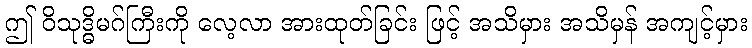
ဤ ဝိသုဒ္ဓိမဂ်ကြီးကို လေ့လာ အားထုတ်ခြင်း ဖြင့် အသိမှား အသိမှန် အကျင့်မှား